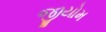
જીયોમ